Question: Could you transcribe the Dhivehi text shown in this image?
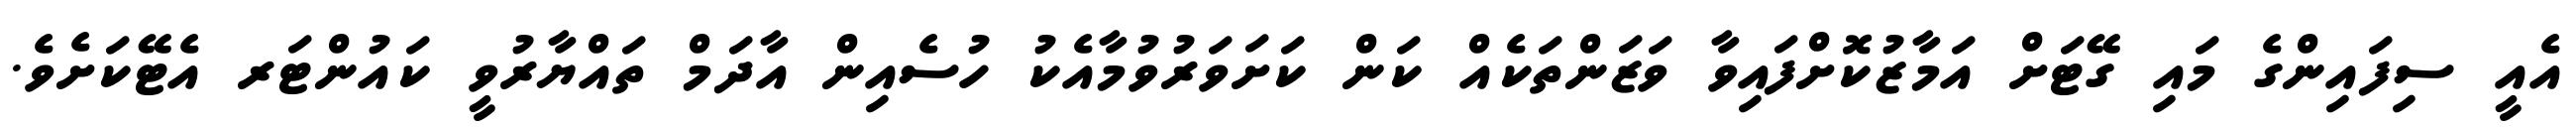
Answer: އެއީ ސިފައިންގެ މައި ގޭޓަށް އަމާޒުކޮށްފައިވާ ވަޒަންތަކެއް ކަން ކަށަވަރުވުމާއެކު ހުސެއިން އާދަމް ތައްޔާރުވީ ކައުންޓަރ އެޓޭކަށެވެ.